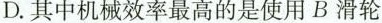
D.其中机械效率最高的是使用B滑轮